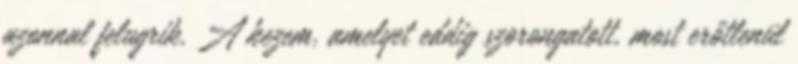
azonnal felugrik. A kezem, amelyet eddig szorongatott, most erőtlenül